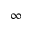
\infty